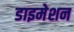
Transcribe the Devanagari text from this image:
डाइमेशन